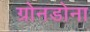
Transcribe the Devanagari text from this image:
ग्रोनडोना